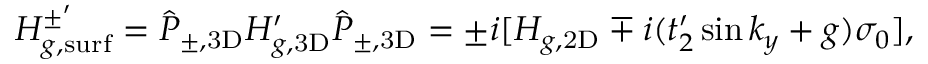
\begin{array} { r } { H _ { g , \mathrm { s u r f } } ^ { \pm ^ { \prime } } = \hat { P } _ { \pm , \mathrm { 3 D } } H _ { g , \mathrm { 3 D } } ^ { \prime } \hat { P } _ { \pm , \mathrm { 3 D } } = \pm i [ H _ { g , \mathrm { 2 D } } \mp i ( t _ { 2 } ^ { \prime } \sin k _ { y } + g ) \sigma _ { 0 } ] , } \end{array}